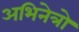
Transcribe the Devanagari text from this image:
अभिनेत्रो